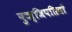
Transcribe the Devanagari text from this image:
पुञ्जिपतियों